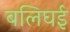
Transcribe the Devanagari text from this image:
बलिघई